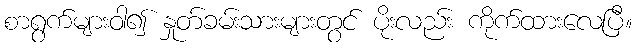
စာရွက်များဝါ၍ နှုတ်ခမ်းသားများတွင် ပိုးလည်း ကိုက်ထားလေပြီ။